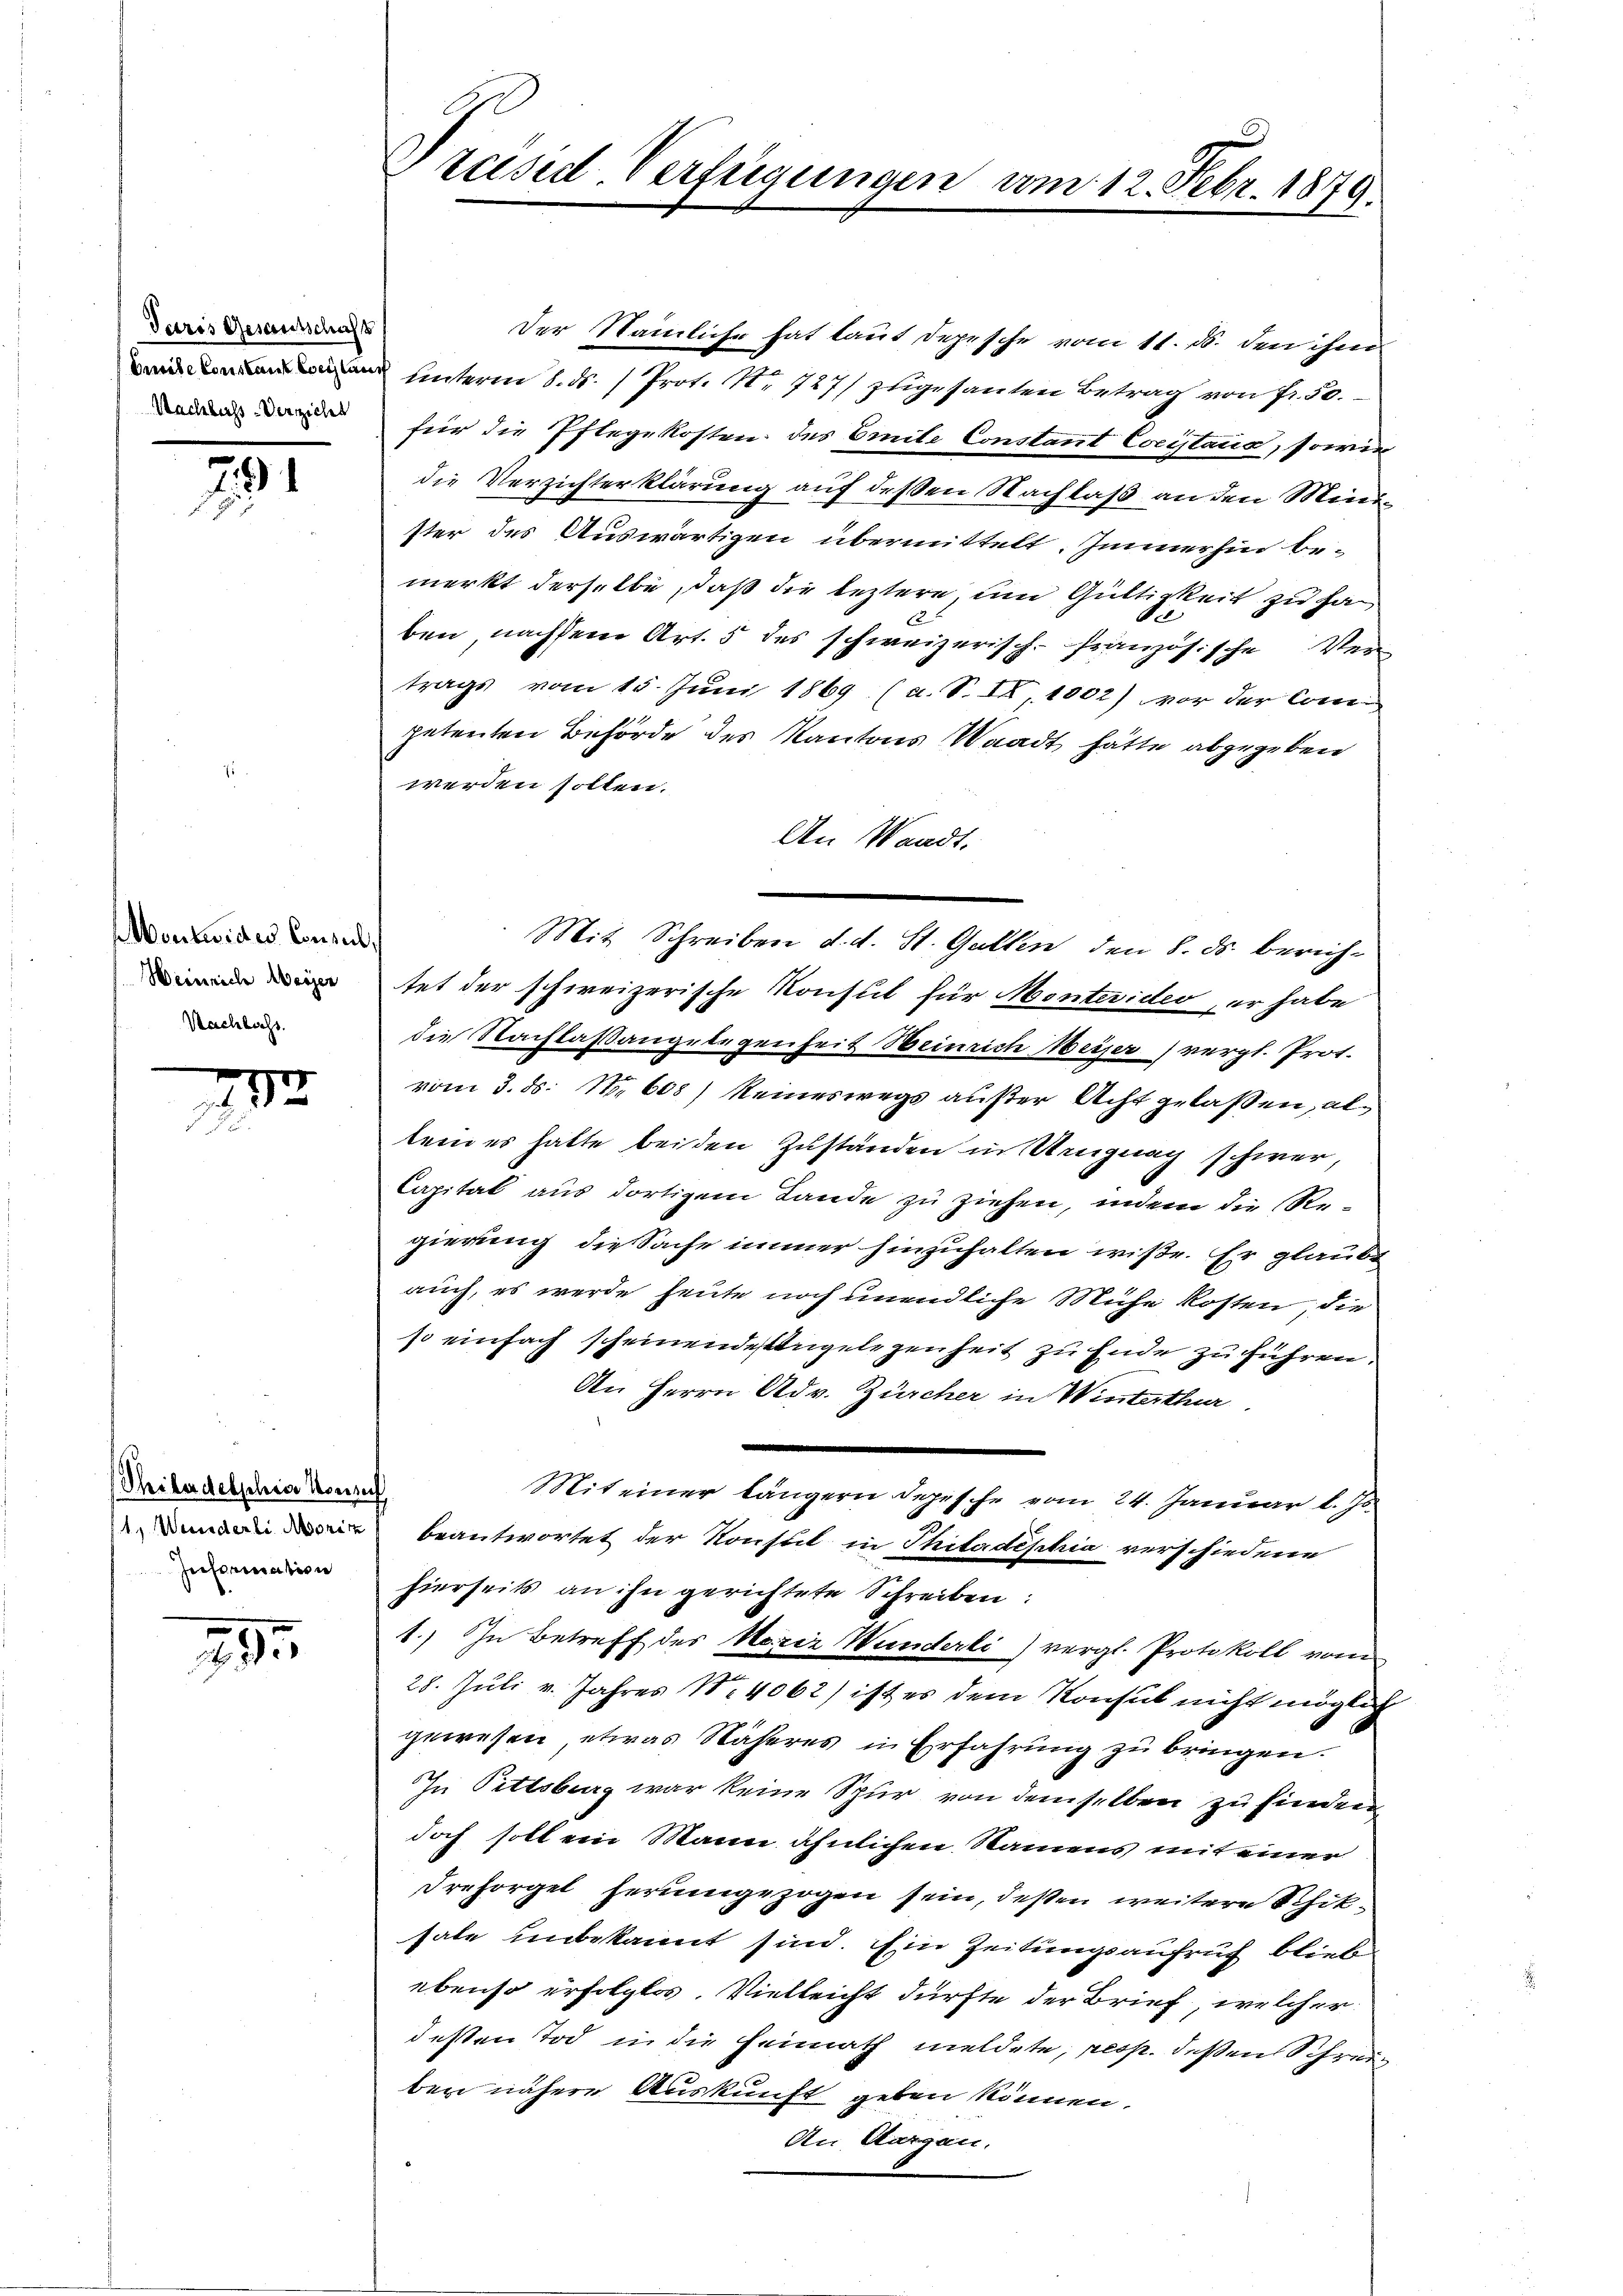
Paris Gesamtschaft

791

Monti des Consul,
Heinrich Messer
Nachlachs

2
.

Philadelphia konn
Information

295.

Der Nämliche hat laut Depesche vom 11. ds. den ihm
unterm 8. ds. 1 Prot. Nr. 727/ zugesanten Betrag von fr. 50.
 für die Pflegekosten des Emile Constant Coristand, sowie
die Verzichterklärung auf deßen Nachlaß an den Minister des Auswärtigen übermittelt. Immerhin bemerkt derselbe, daß die leztere, um Gültigkeit zu ha
ben, nachdem Art. 5 des schweizerisch-französische Vertrags vom 15. Juni 1869 (a. S. IX, 1002) vor der Competenten Behörde des Kantons Waadt hätte abgegeben
werden sollen.
An Waadt.
Mit Schreiben d. d. St. Gallen den 8. ds. berichtet der schweizerische Konsul für Montevider, er habe
die Nachlaßangelegenheit Heinrich Weiser) vergl. Prof.
vom 3. ds. Nr. 608) keineswegs außer Acht gelassen, alkein er hatte beiden Zuständen in Neigung schwer,
Capital aus dortigem Lande zu ziehen, indem die Regierung die Sache immer hinzuhalten wiße. Er glaubt
auch, es werde heute noch unendliche Mühe kosten, die
so einfach scheinendes Angelegenheit zu Ende zu führen.
An Herrn Adv. Zürcher in Winterthur.
Mit einer längern Depesche vom 24. Januar l. Js.
 beantwortet der Konsul in Thitadephia verschiedene
hierseits an ihn gerichtete Schreiben:
1.) In Betreff des Moriz Wunderli) vergl. Protokoll vom
28. Juli v. Jahres Nr. 4062) ist es dem Konsul nicht möglich
gewesen, etwas Näheres in Erfahrung zu bringen.
In Pittsberg war keine Spur von demselben zu finden
doch soll ein Mann ähnlichen Namens mit einer
Dresorgel herumgezogen sein, deßen weitere Schiksale unbekannt sind. Ein Zeitungsaufruch blieb
ebenso erfolglos. Vielleicht dürfte der Brief, welcher
desten Tod in die Heimath meldete, resp. deßen Schreiber nähere Auskunft geben können.
An Aargau.

Präsid. Verfügungen vom 12. Febr. 1879.